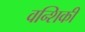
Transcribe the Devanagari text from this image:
वन्शिकी